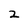
Character: 2